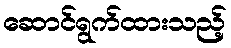
ဆောင်ရွက်ထားသည့်